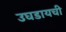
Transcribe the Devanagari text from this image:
उघडायची